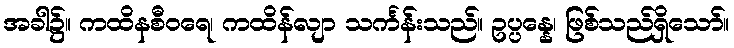
အခါ၌။ ကထိနစီဝရေ၊ ကထိန်လျာ သင်္ကန်းသည်။ ဥပ္ပန္နေ၊ ဖြစ်သည်ရှိသော်။